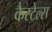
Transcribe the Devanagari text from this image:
कैस्टेल्स